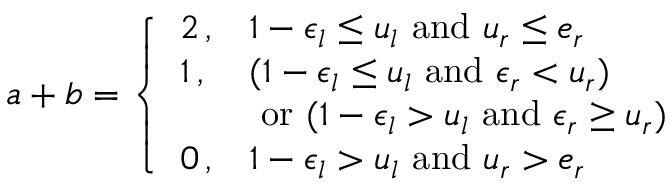
a + b = \left\{ \begin{array} { l l } { 2 \, , } & { 1 - \epsilon _ { l } \leq u _ { l } \mathrm { ~ a n d ~ } u _ { r } \leq e _ { r } } \\ { 1 \, , } & { ( 1 - \epsilon _ { l } \leq u _ { l } \mathrm { ~ a n d ~ } \epsilon _ { r } < u _ { r } ) } \\ { ~ } & { \mathrm { ~ o r ~ } ( 1 - \epsilon _ { l } > u _ { l } \mathrm { ~ a n d ~ } \epsilon _ { r } \geq u _ { r } ) } \\ { 0 \, , } & { 1 - \epsilon _ { l } > u _ { l } \mathrm { ~ a n d ~ } u _ { r } > e _ { r } } \end{array} \right.